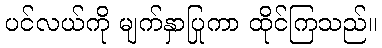
ပင်လယ်ကို မျက်နှာပြုကာ ထိုင်ကြသည်။